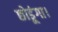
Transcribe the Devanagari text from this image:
छोडूंगा।